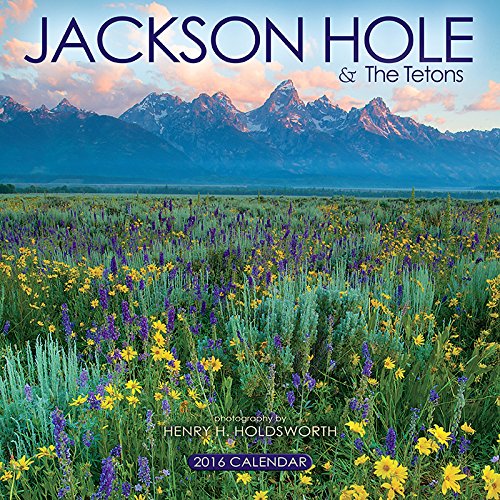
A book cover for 2016 Jackson Hole & the Tetons Wall Calendar; Henry H. Holdsworth - photographer; Travel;